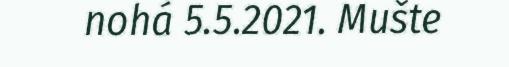
nohá 5.5.2021. Mušte